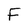
Character: F